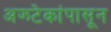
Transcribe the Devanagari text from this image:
अझ्टेकांपासून